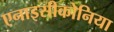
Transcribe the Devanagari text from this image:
एनाइसीकोनिया